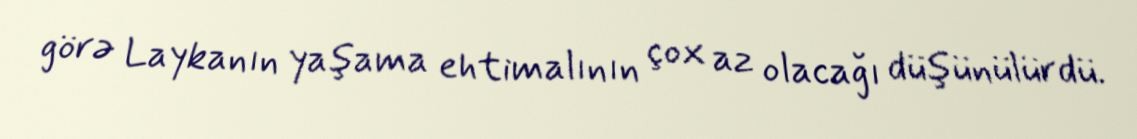
görə Laykanın yaşama ehtimalının çox az olacağı düşünülürdü.